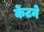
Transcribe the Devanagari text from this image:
केंटने